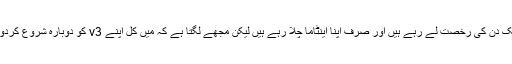
اب ایک دن کی رخصت لے رہے ہیں اور صرف اپنا اینٹاما چلا رہے ہیں لیکن مجھے لگتا ہے کہ میں کل اپنے v3 کو دوبارہ شروع کردوں گا۔